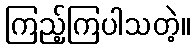
ကြည့်ကြပါသတဲ့။